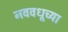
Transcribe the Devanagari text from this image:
नववधूच्या